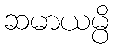
ဆမာယမ္ပိ